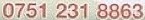
0751 231 8863